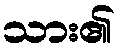
သား၏